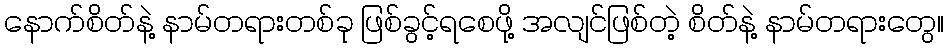
နောက်စိတ်နဲ့ နာမ်တရားတစ်ခု ဖြစ်ခွင့်ရစေဖို့ အလျင်ဖြစ်တဲ့ စိတ်နဲ့ နာမ်တရားတွေ။